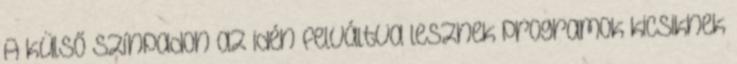
A külső színpadon az idén felváltva lesznek programok kicsiknek